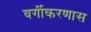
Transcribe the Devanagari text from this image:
वर्गीकरणास